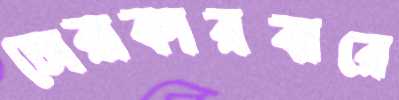
চোরাকারবারে